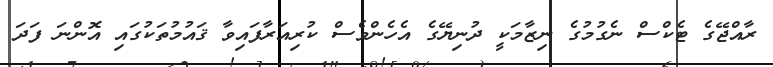
ރާއްޖޭގެ ޓެކްސް ނެގުމުގެ ނިޒާމަކީ ދުނިޔޭގެ އެހެންވެސް ކުރިއަރާފައިވާ ޤައުމުތަކުގައި އޮންނަ ފަދަ